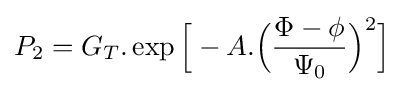
P_{2}=G_{T}.\exp {\Bigr [}-A.{\Big (}{\frac {\Phi -\phi }{\Psi _{0}}}{\Big )}^{2}{\Bigr ]}